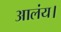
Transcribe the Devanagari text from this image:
आलंय।